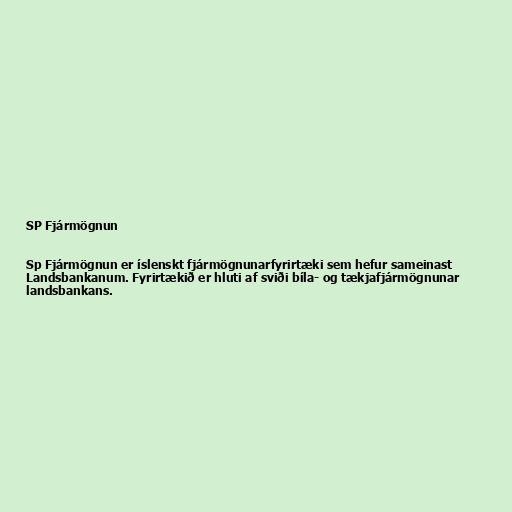
SP Fjármögnun

Sp Fjármögnun er íslenskt fjármögnunarfyrirtæki sem hefur sameinast
Landsbankanum. Fyrirtækið er hluti af sviði bíla- og tækjafjármögnunar
landsbankans.